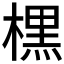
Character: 𣘸